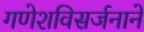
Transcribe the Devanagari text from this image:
गणेशविसर्जनाने